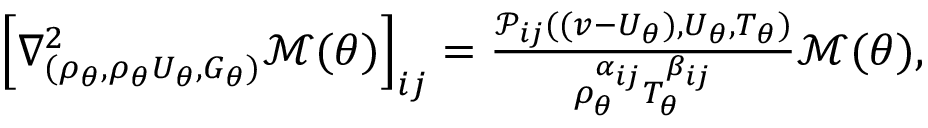
\begin{array} { r } { \left[ \nabla _ { ( \rho _ { \theta } , \rho _ { \theta } U _ { \theta } , G _ { \theta } ) } ^ { 2 } \mathcal { M } ( \theta ) \right] _ { i j } = \frac { \mathcal { P } _ { i j } ( ( v - U _ { \theta } ) , U _ { \theta } , T _ { \theta } ) } { \rho _ { \theta } ^ { \alpha _ { i j } } T _ { \theta } ^ { \beta _ { i j } } } \mathcal { M } ( \theta ) , } \end{array}